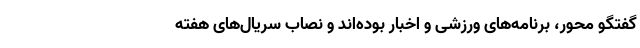
گفتگو محور، برنامه‌های ورزشی و اخبار بوده‌اند و نصاب سریال‌های هفته